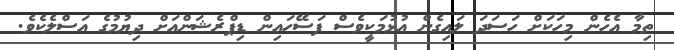
ތިމާ އެހެން މިހަކަށް ހަސަދަ ލައިގެން އުޅުމަކީވެސް ފަސޭހައިން ޑިޕްރެޝަންއަށް ދިޔުމުގެ އަސްލެކެވެ.